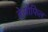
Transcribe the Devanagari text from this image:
बेसोफिल